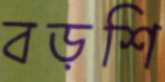
বড়শি